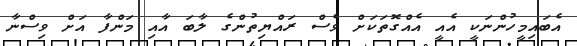
އެބައިމީހުންނަކީ އެއީ އެއްގޮތަކަށް ވެސް ރައްޔިތުންގެ ލާބަ އާއި މަންފާ އަށް ވިސްނާ